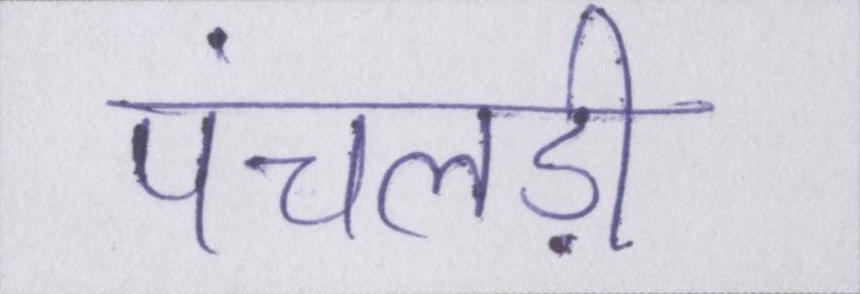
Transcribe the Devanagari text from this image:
पंचलड़ी